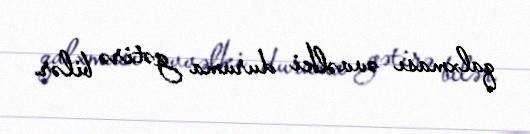
qalxması əvvəlki duruma gətirə bilər.